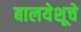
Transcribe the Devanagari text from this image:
बालयेशूचे